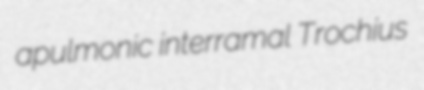
apulmonic interramal Trochius